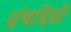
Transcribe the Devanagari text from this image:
ग्रंथदिडी